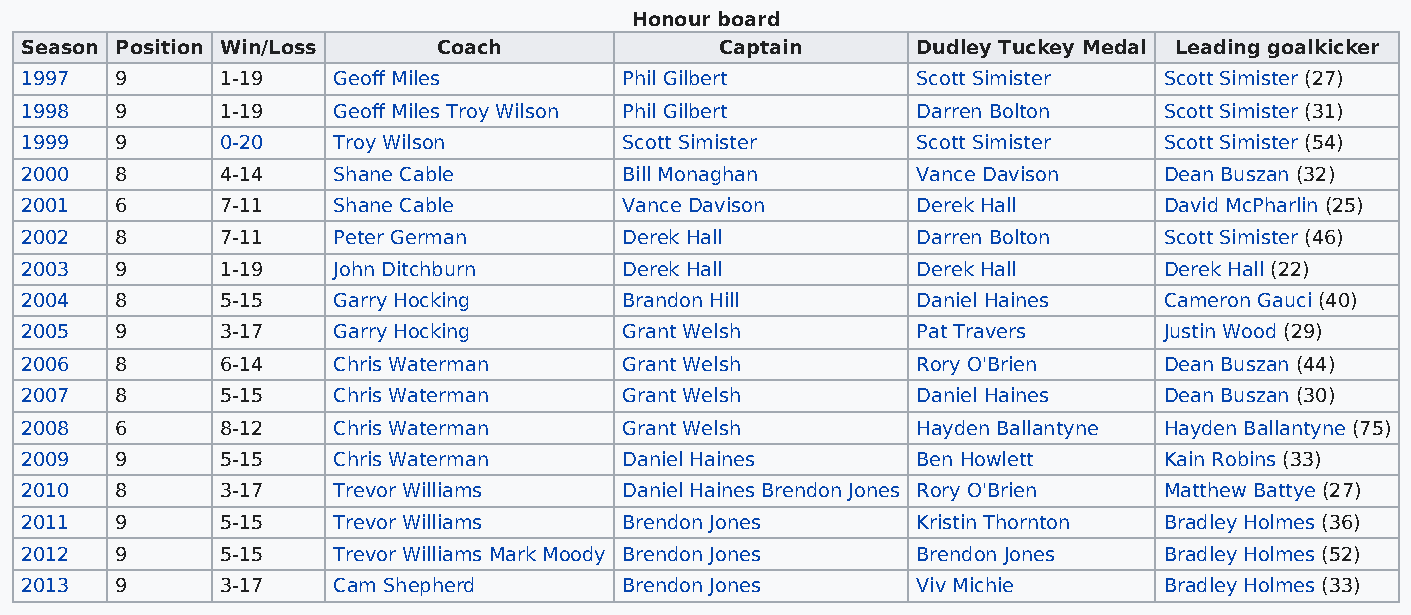
Honour board
 Season Position Win/Loss    Coach              Captain      Dudley Tuckey Medal Leading goalkicker
 1997   9      1-19   Geoff Miles        Phil Gilbert        Scott Simister  Scott Simister (27)
 1998   9      1-19   Geoff Miles Troy Wilson Phil Gilbert   Darren Bolton   Scott Simister (31)
 1999   9      0-20   Troy Wilson        Scott Simister      Scott Simister  Scott Simister (54)
 2000   8      4-14   Shane Cable        Bill Monaghan       Vance Davison   Dean Buszan (32)
 2001   6      7-11   Shane Cable        Vance Davison       Derek Hall      David McPharlin (25)
 2002   8      7-11   Peter German       Derek Hall          Darren Bolton   Scott Simister (46)
 2003   9      1-19   John Ditchburn     Derek Hall          Derek Hall      Derek Hall (22)
 2004   8      5-15   Garry Hocking      Brandon Hill        Daniel Haines   Cameron Gauci (40)
 2005   9      3-17   Garry Hocking      Grant Welsh         Pat Travers     Justin Wood (29)
 2006   8      6-14   Chris Waterman     Grant Welsh         Rory O'Brien    Dean Buszan (44)
 2007   8      5-15   Chris Waterman     Grant Welsh         Daniel Haines   Dean Buszan (30)
 2008   6      8-12   Chris Waterman     Grant Welsh         Hayden Ballantyne Hayden Ballantyne (75)
 2009   9      5-15   Chris Waterman     Daniel Haines       Ben Howlett     Kain Robins (33)
 2010   8      3-17   Trevor Williams    Daniel Haines Brendon Jones Rory O'Brien Matthew Battye (27)
 2011   9      5-15   Trevor Williams    Brendon Jones       Kristin Thornton Bradley Holmes (36)
 2012   9      5-15   Trevor Williams Mark Moody Brendon Jones Brendon Jones Bradley Holmes (52)
 2013   9      3-17   Cam Shepherd       Brendon Jones       Viv Michie      Bradley Holmes (33)